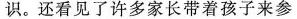
识。还看见了许多家长带着孩子来参